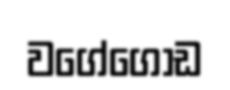
වගේගොඩ